Civil Veterinary Department Bengal reports 1933-51 - 1933-1951
Year: 1933
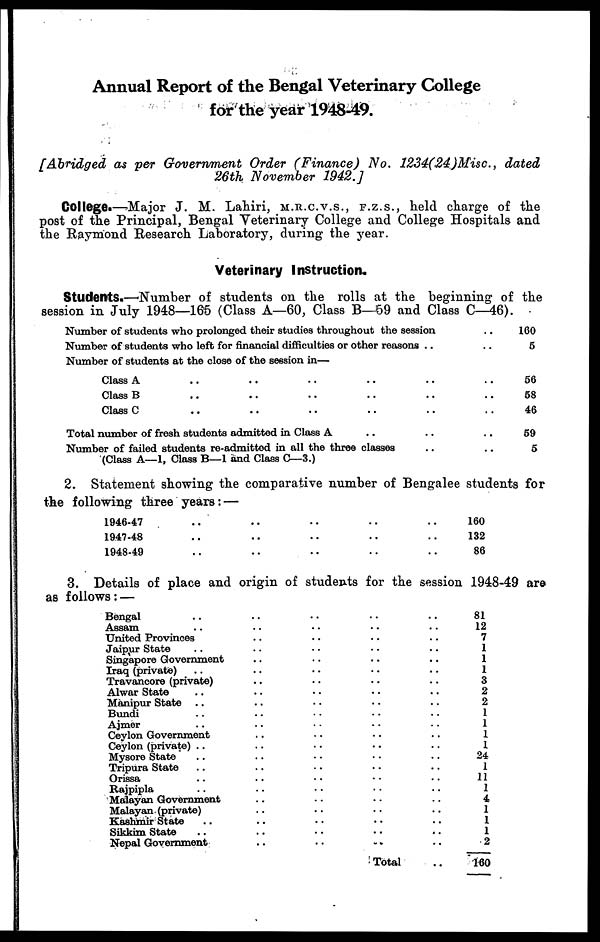
Annual Report of the Bengal Veterinary College
for the year 1948-49.
[Abridged
as per Government Order (Finance)
No. 1234(24)Misc.,
dated
26th November
1942.]
College.—Major J. M. Lahiri, M.R.C.V.S., F.Z.S., held charge of the
post of the Principal, Bengal Veterinary College and College Hospitals and
the Raymond Research Laboratory, during the year.
Veterinary Instruction.
Students.—Number of students on the rolls at the beginning of the
session in July 1948—165 (Class A—60, Class B—59 and Class C—46).
Number of students who prolonged their studies throughout the session ..
Number of students who left for financial difficulties or other reasons .. ..
Number of students at the close of the session in—
Class A .. .. .. .. .. ..
Class B .. .. .. .. .. ..
Class C .. .. .. .. .. ..
Total number of fresh students admitted in Class A .. .. ..
Number of failed students re-admitted in all the three classes .. ..
(Class A—1, Class B—1 and Class C—3.)
160
5
56
58
46
59
5
2. Statement showing the comparative number of Bengalee students for
the following three years: —
1946-47 .. .. .. .. ..
1947-48 .. .. .. .. ..
1948-49 .. .. .. .. ..
160
132
86
3. Details of place and origin of students for the session 1948-49 are
as follows : —
Bengal .. .. .. .. ..
Assam .. .. .. .. ..
United Provinces .. .. .. ..
Jaipur State .. .. .. ..
Singapore Government .. .. .. ..
Iraq (private) .. .. .. .. ..
Travancore (private) .. .. .. ..
Alwar State .. .. .. .. ..
Manipur State .. .. .. .. ..
Bundi .. .. .. .. ..
Ajmer .. .. .. .. ..
Ceylon Government .. .. .. ..
Ceylon (private) .. .. .. .. ..
Mysore State .. .. .. .. ..
Tripura State .. .. .. .. ..
Orissa .. .. .. .. ..
Rajpipla .. .. .. .. ..
Malayan Government .. .. .. .. ..
Malayan (private) .. .. .. .. ..
Kashmir State .. .. .. .. ..
Sikkim State .. .. .. .. ..
Nepal Government .. .. .. ..
Total ..
81
12
7
1
1
1
3
2
2
1
1
1
1
24
1
11
1
4
1
1
1
2
160